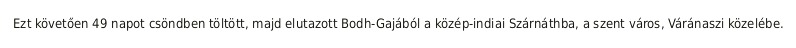
Ezt követően 49 napot csöndben töltött, majd elutazott Bodh-Gajából a közép-indiai Szárnáthba, a szent város, Váránaszi közelébe.